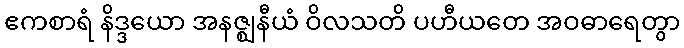
ဧကစာရံ နိဒ္ဒယော အနဇ္ဈနီယံ ဝိလသတိ ပဟီယတေ အဝဓာရေတွာ